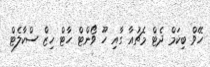
ހޭވް ބިކަމް ދެޓް މެޗުއާ ގާއި ހޫ ވޯންޓް ހާޓް ހިޒް ސްކާލެޓް